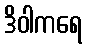
ဒိဝါကရေ